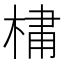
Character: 𪲯